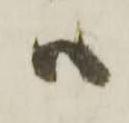
ハ